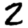
Digit: 2